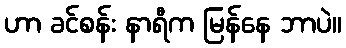
ဟာ ခင်စန်း နာရီက မြန်နေ ဘာပဲ။